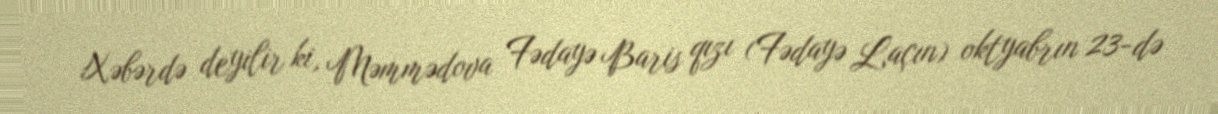
Xəbərdə deyilir ki, Məmmədova Fədayə Baris qızı (Fədayə Laçın) oktyabrın 23-də